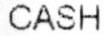
CASH